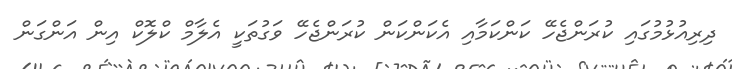
ދިރިއުޅުމުގައި ކުރަންޖެހޭ ކަންކަމާއި އެކަންކަން ކުރަންޖެހޭ ވަގުތަކީ އެލާމް ކްލޮކް އިން އަންގަން